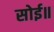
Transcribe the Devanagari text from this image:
सोई॥